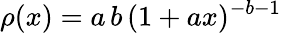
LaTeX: \rho(x)=a\, b\, (1+ax)^{-b-1}